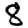
Digit: 8